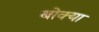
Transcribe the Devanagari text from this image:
बोक्या